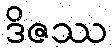
ဒိဇဿ